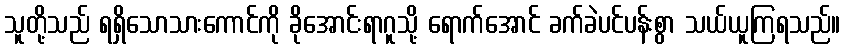
သူတို့သည် ရရှိသောသားကောင်ကို ခိုအောင်းရာဂူသို့ ရောက်အောင် ခက်ခဲပင်ပန်းစွာ သယ်ယူကြရသည်။